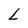
Character: L